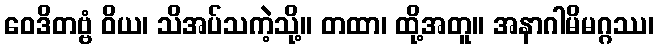
ဝေဒိတဗ္ဗံ ဝိယ၊ သိအပ်သကဲ့သို့။ တထာ၊ ထို့အတူ။ အနာဂါမိမဂ္ဂဿ၊